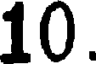
10.